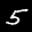
Label: 5